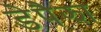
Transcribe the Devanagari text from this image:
डेपैझा